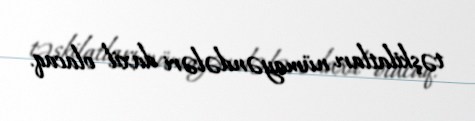
təşkilatları nümayəndələri daxil olacaq.